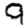
Digit: 9